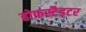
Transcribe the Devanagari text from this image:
होफस्टैड्टर